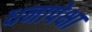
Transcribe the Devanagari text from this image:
धनापेक्षा